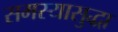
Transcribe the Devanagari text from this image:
समस्यासुद्धा